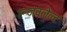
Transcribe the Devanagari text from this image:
रूजवलेल्ट